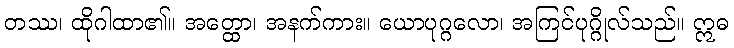
တဿ၊ ထိုဂါထာ၏။ အတ္ထော၊ အနက်ကား။ ယောပုဂ္ဂလော၊ အကြင်ပုဂ္ဂိုလ်သည်။ ဣဓ